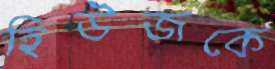
হিউজকে